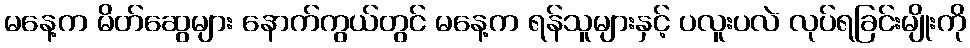
မနေ့က မိတ်ဆွေများ နောက်ကွယ်တွင် မနေ့က ရန်သူများနှင့် ပလူးပလဲ လုပ်ရခြင်းမျိုးကို